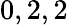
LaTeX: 0,2,2